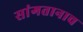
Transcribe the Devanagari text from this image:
सांगतानाच